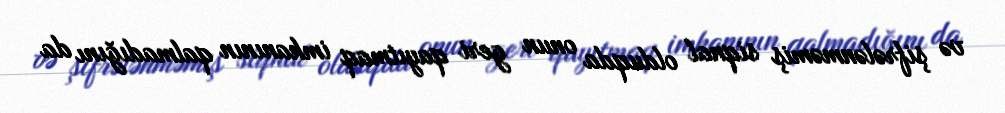
və şifrələnməmiş siqnal olduqda onun geri qayıtmaq imkanının qalmadığını da